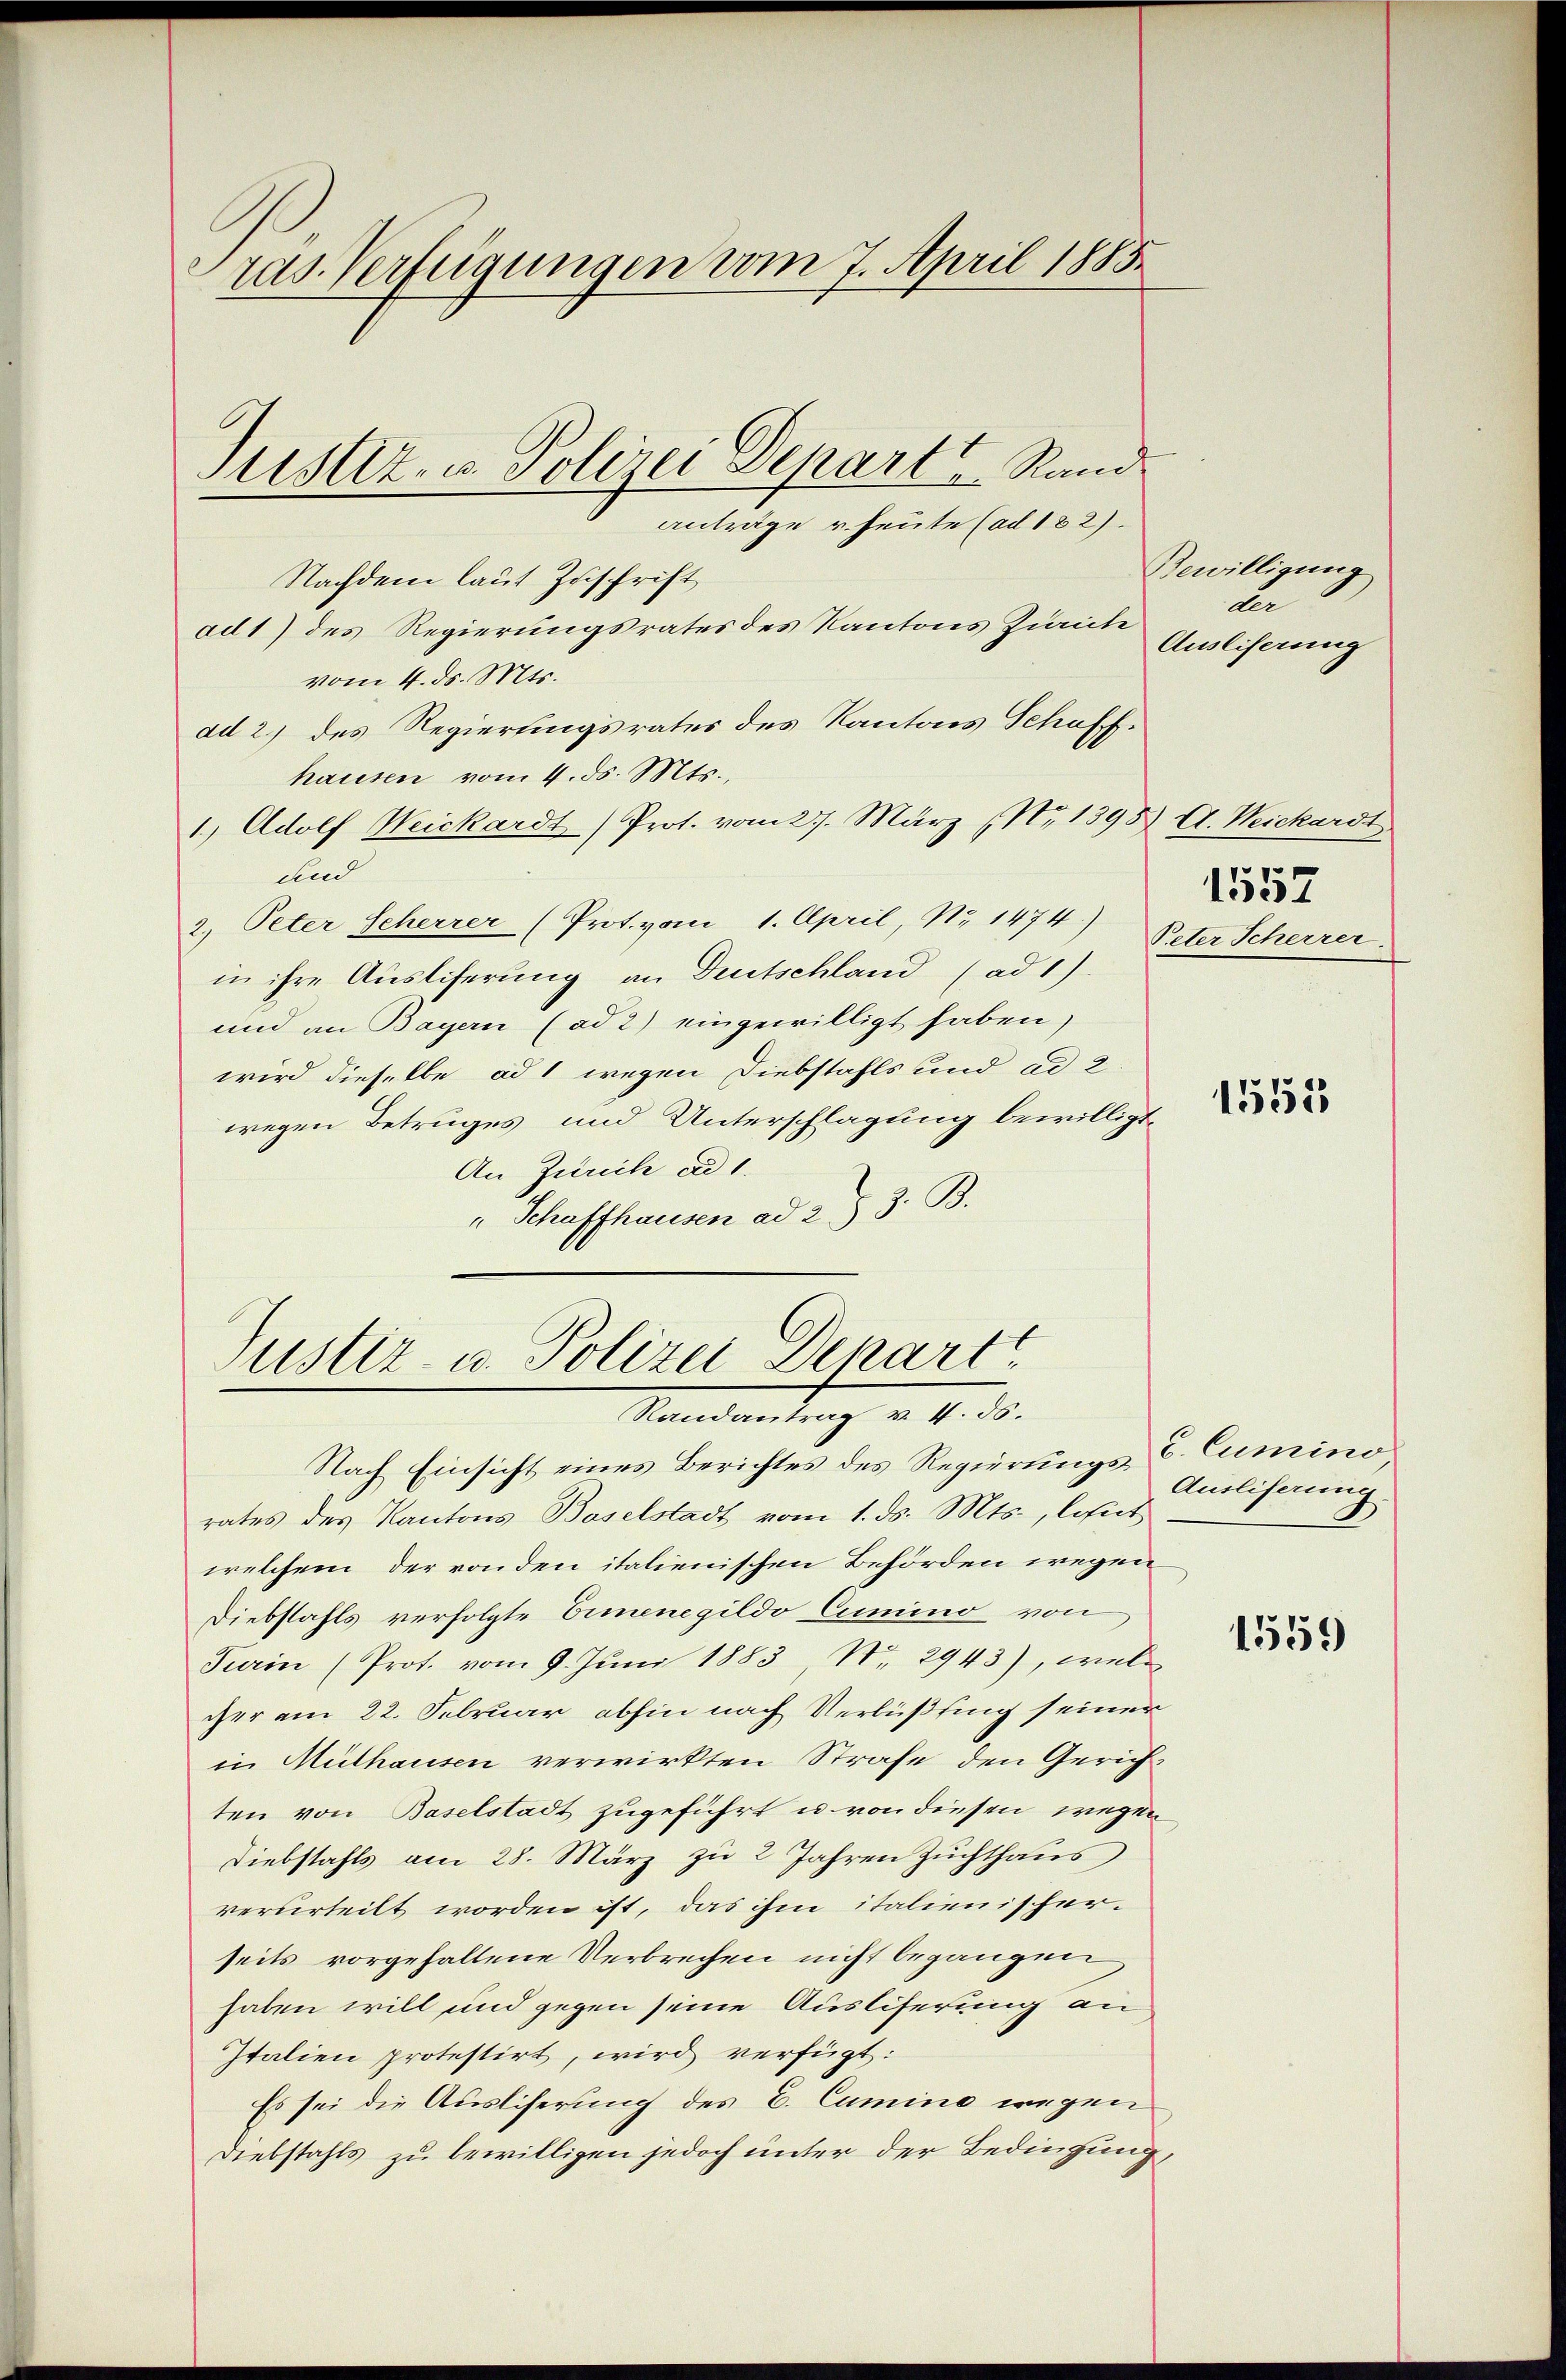
ras. Verfügungen vom 7. April 1885.

Nachdem laut Zuschrift
ad1) des Regierungsrates des Kantons Zürich
vom 4. ds. Mts.
ad 2.) des Regierungsrates des Kantons Schaffhausen vom 4. ds. Mts.,
1.) Adolf Weickardt (Prot. vom 27. März (Nr. 1395. A. Weickardt
und
2.) Peter Seherrer (Prot. vom 1. April, No 1474.)
in ihre Ausliferung an Deutschland (ad1).
und an Bayern (ad 2) eingewilligt haben,
wird dieselbe ad 1 wegen Diebstahls und ad 2
wegen Betruges und Unterschlagung bewilligt.
An Zürich ad 1.
" Schaffhausen ad 2 § 3. B.

Justiz- u. Polizei Depart Rand
anträge u. heute (ad 182).

Justiz- u. Polizei Depart
Randantrag v. 4. 56.

Nach Einsicht eines Berichtes des Regierungs- & Cumino
rates des Kantons Baselstadt vom 1. ds. Mts., lofut
welchem der von den italienischen Behörden wegen
Diebstahls verfolgte Ermenegildo Cumino von
Turin (Prot. vom 9. Jŭni 1883 No. 2943), welc
cher am 22. Februar abhin nach Verlüßung seiner
in Mülhausen verwirkten Strafe den Gerichten von Baselstadt zugeführt u. von diesen wegen
Diebstahls am 28. März zu 2 Jahren Zŭchthaŭs
verurteilt worden ist, das ihm italienischer.
seits vorgehaltene Verbrechen nicht begangen
haben will und gegen seine Ausliserung an
Italien protestirt, wird verfügt:
Es sei die Ausliserung des E. Camino wegen
Diebstahls zu bewilligen jedoch unter der Bedingung,

Bewilligung
die
Ausliserung

1557
Peter Scherrer.

1555

Ausliferung

1559